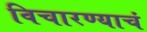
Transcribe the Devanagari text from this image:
विचारण्याचं